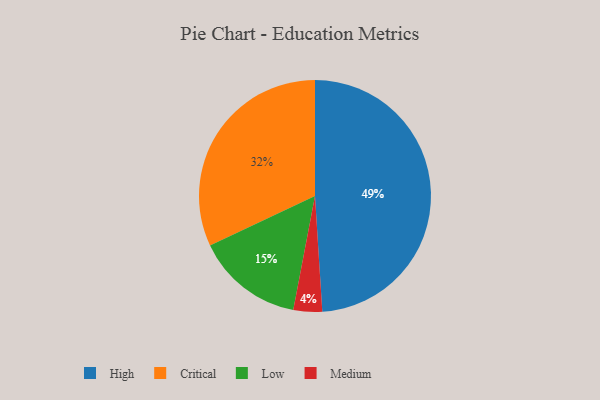
{"axis": {"x": "Category", "y": "Percentage"}, "legend": ["Critical", "High", "Low", "Medium"], "data": [{"x": "High", "y": 49, "type": "High"}, {"x": "Critical", "y": 32, "type": "Critical"}, {"x": "Medium", "y": 4, "type": "Medium"}, {"x": "Low", "y": 15, "type": "Low"}]}